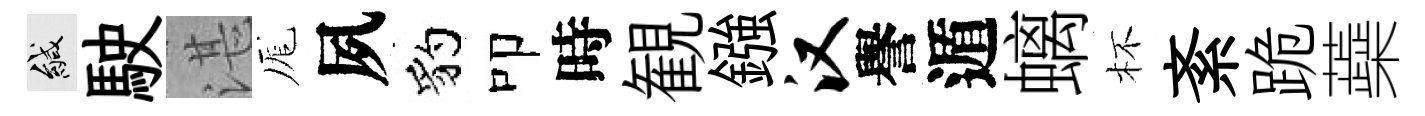
緘駛湛厖夙豹叩時観鏹汉譽遁螭杯紊跪蘃